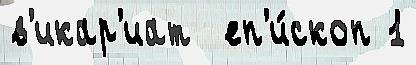
в'икар'иат  еп'и́скоп 1